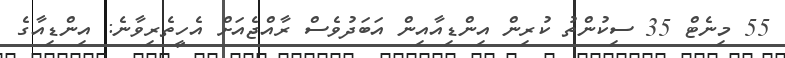
55 މިނެޓް 35 ސިކުންތު ކުރިން އިންޑިއާއިން އަބަދުވެސް ރާއްޖެއަށް އެހީތެރިވާނެ: އިންޑިއާގެ